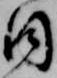
日